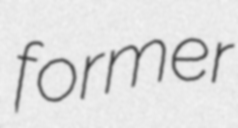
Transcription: former